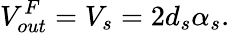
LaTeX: V_{out}^{F}=V_{s}=2d_{s}\alpha_{s}.